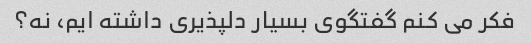
فکر می کنم گفتگوی بسیار دلپذیری داشته ایم، نه؟